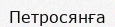
Петросянға